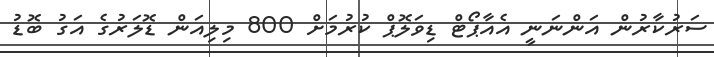
ސަރުކާރުން އަންނަނީ އެއާޕޯޓް ޑިވަލޮޕް ކުރުމަށް 800 މިލިއަން ޑޮލަރުގެ އަގު ބޮޑު